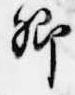
卿